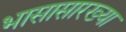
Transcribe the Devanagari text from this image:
भासासारख्या